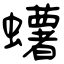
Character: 蠴